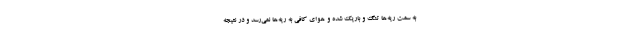
به سمت ریه‌ها تنگ و باریک شده و هوای کافی به ریه‌ها نمی‌رسد و در نتیجه